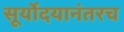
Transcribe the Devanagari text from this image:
सूर्योदयानंतरच